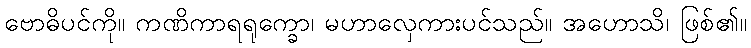
ဗောဓိပင်ကို။ ကဏိကာရရုက္ခော၊ မဟာလှေကားပင်သည်။ အဟောသိ၊ ဖြစ်၏။